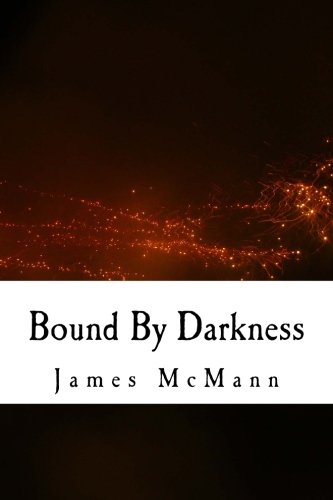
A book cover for Bound By Darkness (Death Teasers ); James Michael McMann; Science Fiction & Fantasy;